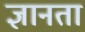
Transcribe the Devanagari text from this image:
ज्ञानता